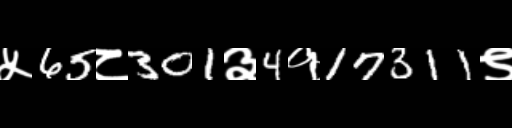
Text: ५65८301३4१17311९